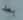
بعد